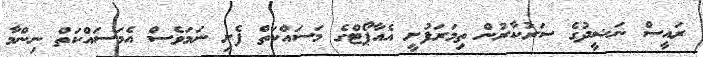
ރައީސް ނަޝީދުގެ ސަރުކާރުން ތިމަރަފުށީ އެއާޕޯޓްގެ މަސައްކަތް ފެށި ނަމަވެސް އެމަސައްކަތް ނިންމާ